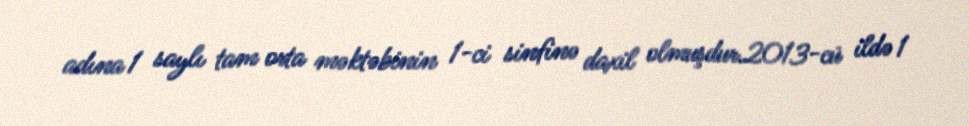
adına 1 saylı tam orta məktəbinin 1-ci sinfinə daxil olmuşdur.2013-cü ildə 1